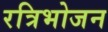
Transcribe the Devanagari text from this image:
रत्रिभोजन